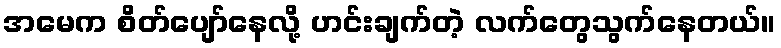
အမေက စိတ်ပျော်နေလို့ ဟင်းချက်တဲ့ လက်တွေသွက်နေတယ်။